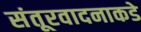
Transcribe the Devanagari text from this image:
संतूरवादनाकडे